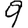
Digit: 9